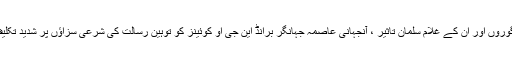
لیکن گوروں اور ان کے غلام سلمان تاثیر ، آنجہانی عاصمہ جہانگر برانڈ این جی او کوئینز کو توہین رسالت کی شرعی سزاؤں پر شدید تکلیف ہے۔